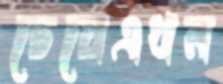
চেয়েএখন